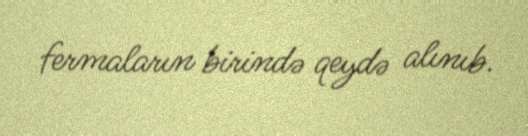
fermaların birində qeydə alınıb.